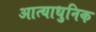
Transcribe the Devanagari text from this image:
आत्याधुनिक